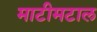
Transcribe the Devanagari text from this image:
माटीमटाल